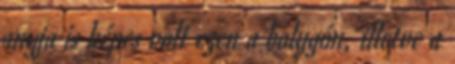
anyja is képes volt ezen a bolygón, illetve a